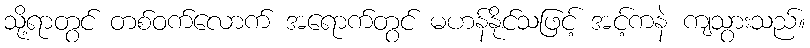
သို့ရာတွင် တစ်ဝက်လောက် အရောက်တွင် မဟန်နိုင်သဖြင့် အင့်ကနဲ ကျသွားသည်။